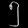
Digit: ၅